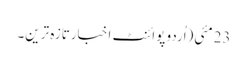
23مئی(اُردو پوائنٹ اخبارتازہ ترین۔